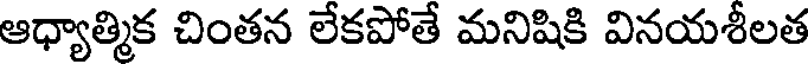
ఆధ్యాత్మిక చింతన లేకపోతే మనిషికి వినయశీలత